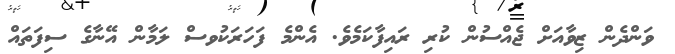
ވަންދެން ޒިވާއަށް ޖެއްސުން ކުރި ރައިފާކަމެވެ. އެންމެ ފަހަރަކުވސް ލަމާން އޭނާގެ ސިފަތައް